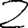
Digit: 2